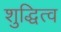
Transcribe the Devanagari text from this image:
शुद्धित्व